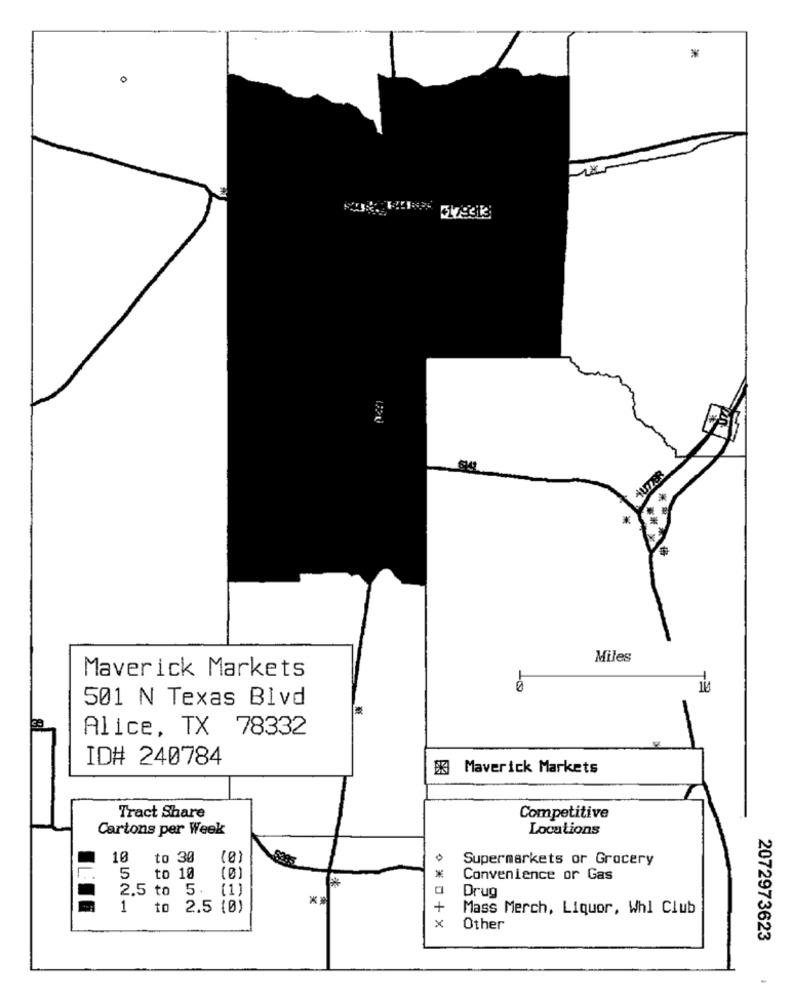
*
HUZER
Miles
Maverick Markets
501 N Texas Blvd
Alice, TX 78332
ID# 240784
83 Maverick Markets
Tract Share
Competitive
Cartons per Week
Locations
10
to 30
0
Supermarkets or Grocery
*
5
to 10
10
Convenience or Gas
2.5 to 5. (1)
Drug
to 2.5 (0)
+
Mass Merch, Liquor, Whi Club
×
Other
2072973623